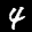
Label: 4